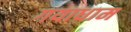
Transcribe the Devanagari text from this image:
गयाधाम